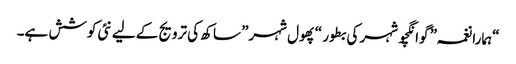
“ہمارا نغمہ” گوانگچو شہر کی بطور “پھول شہر” ساکھ کی ترویج کے لیے نئی کوشش ہے۔